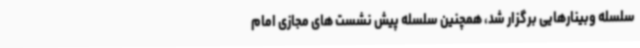
سلسله وبینارهایی برگزار شد، همچنین سلسله پیش نشست های مجازی امام